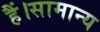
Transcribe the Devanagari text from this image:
हैं।सामान्य